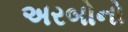
અરબોનો